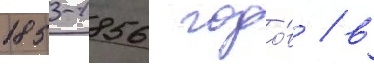
1853-1856 годо́в / в